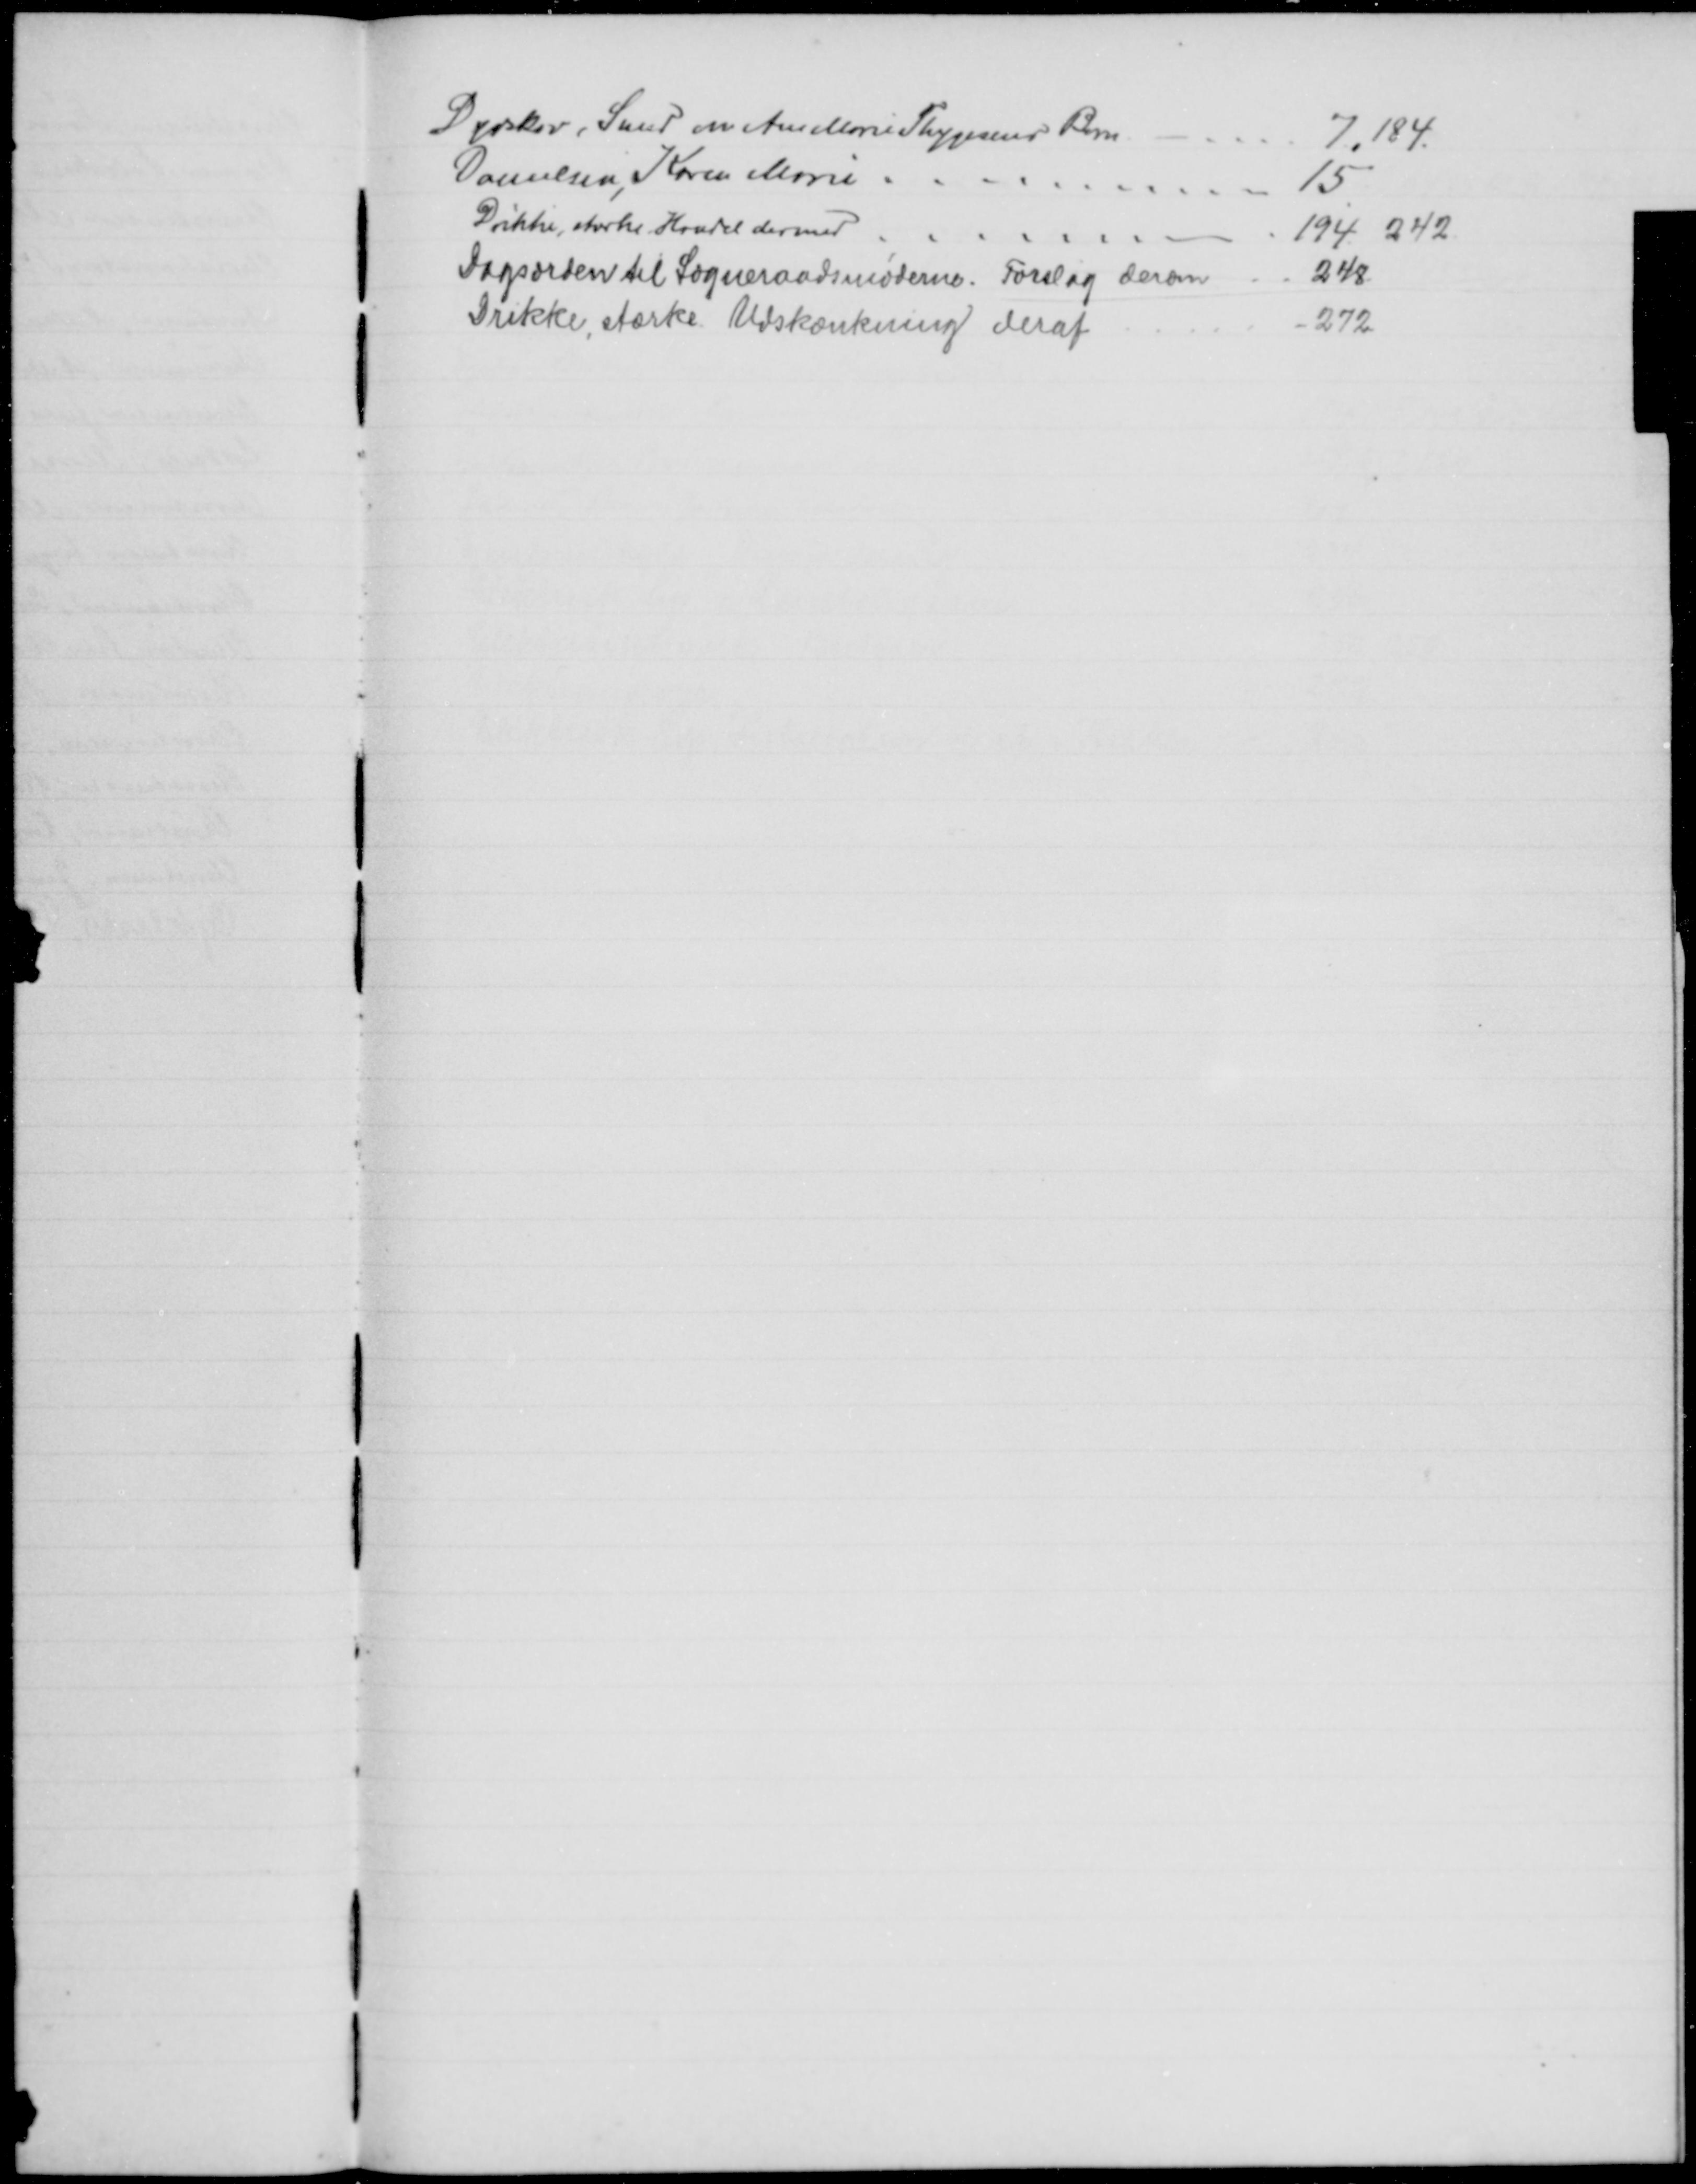
Transskription:
Dyrskov, Smed om Ane Marie Thygesens Barn
7,184.
Danielsen, Karen Marie
15
Drikke stærke. Handel dermed
194, 242
Dagsorden til Sogneraadsmøderne. Forslag derom
248
Drikke, stærke. Udskænkning deraf
272